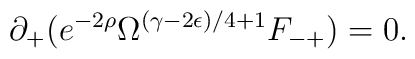
\partial_+(e^{-2 \rho } \Omega^{(\gamma -2\epsilon)/4 +1} F_{-+})=0.